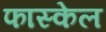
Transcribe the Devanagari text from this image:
फास्केल